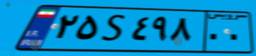
۰۸S۱۶۰۶۶